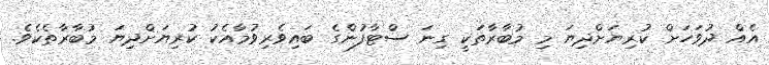
އެއް ދުވަހަށް ކުރިޔަށްދިޔަ މި މުބާރާތަކީ ގިނަ ސްޓާފުންގެ ބައިވެރިވުމާއެކު ކުރިޔަށްދިޔަ މުބާރާތެކެވެ.